Civil Veterinary Department Bihar & Orissa reports 1922-29 - 1922-1929
Year: 1922
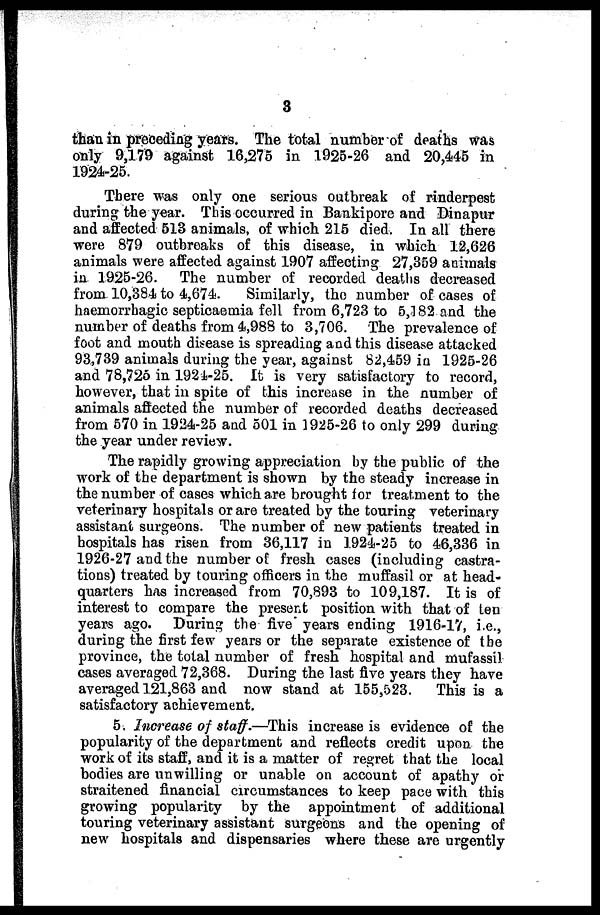
3
than in preceding years. The total number of deaths was
only 9,179 against 16,275 in 1925-26 and 20,445 in
1924-25.
There was only one serious outbreak of rinderpest
during the year. This occurred in Bankipore and Dinapur
and affected 513 animals, of which 215 died. In all there
were 879 outbreaks of this disease, in which 12,626
animals were affected against 1907 affecting 27,359 animals 1
in 1925-26. The number of recorded deaths decreased
from 10,384 to 4,674.
Similarly, the number of cases of
haemorrhagic septicaemia fell from 6,723 to 5,182 and the
number of deaths from 4,988 to 3,706. The prevalence of
foot and mouth disease is spreading and this disease attacked
93,739 animals during the year, against 82,459 in 1925-26
and 78,725 in 1924-25. It is very satisfactory to record,
however, that in spite of this increase in the number of
animals affected the number of recorded deaths decreased
from 570 in 1924-25 and 501 in 1925-26 to only 299 during
the year under review.
The rapidly growing appreciation by the public of the
work of the department is shown by the steady increase in
the number of cases which are brought for treatment to the
veterinary hospitals or are treated by the touring veterinary
assistant surgeons. The number of new patients treated in
hospitals has risen from 36,117 in 1924-25 to 46,336 in
1926-27 and the number of fresh cases (including castra-
tions) treated by touring officers in the muffasil or at head-
quarters has increased from 70,893 to 109,187. It is of
interest to compare the present position with that of ten
years ago. During the five* years ending 1916-17, i.e.,
during the first few years or the separate existence of the
province, the total number of fresh hospital and mufassil
cases averaged 72,368. During the last five years they have
averaged 121,863 and now stand at 155,523. This is a
satisfactory achievement.
5. Increase of staff.—This increase is evidence of the
popularity of the department and reflects credit upon the
work of its staff, and it is a matter of regret that the local
bodies are unwilling or unable on account of apathy or
straitened financial circumstances to keep pace with this
growing popularity by the appointment of additional
touring veterinary assistant surgeons and the opening of
new hospitals and dispensaries where these are urgently